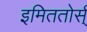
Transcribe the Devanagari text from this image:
इमिततोर्स्